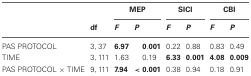
<table><thead><tr><td></td><td></td><td colspan="2"><b>MEP</b></td><td colspan="2"><b>SICI</b></td><td colspan="2"><b>CBI</b></td></tr><tr><td></td><td><b>df</b></td><td><b><i>F</i></b></td><td><b><i>P</i></b></td><td><b><i>F</i></b></td><td><b><i>P</i></b></td><td><b><i>F</i></b></td><td><b><i>P</i></b></td></tr></thead><tbody><tr><td>PAS PROTOCOL</td><td>3,37</td><td><b>6.97</b></td><td><b>0.001</b></td><td>0.22</td><td>0.88</td><td>0.83</td><td>0.49</td></tr><tr><td>TIME</td><td>3,111</td><td>1.63</td><td>0.19</td><td><b>6.33</b></td><td><b>0.001</b></td><td><b>4.08</b></td><td><b>0.009</b></td></tr><tr><td>PAS PROTOCOL × TIME</td><td>9,111</td><td><b>7.94</b></td><td><b>&lt; 0.001</b></td><td>0.38</td><td>0.94</td><td>0.18</td><td>0.91</td></tr></tbody></table>